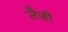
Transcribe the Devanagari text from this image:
लैज़ी